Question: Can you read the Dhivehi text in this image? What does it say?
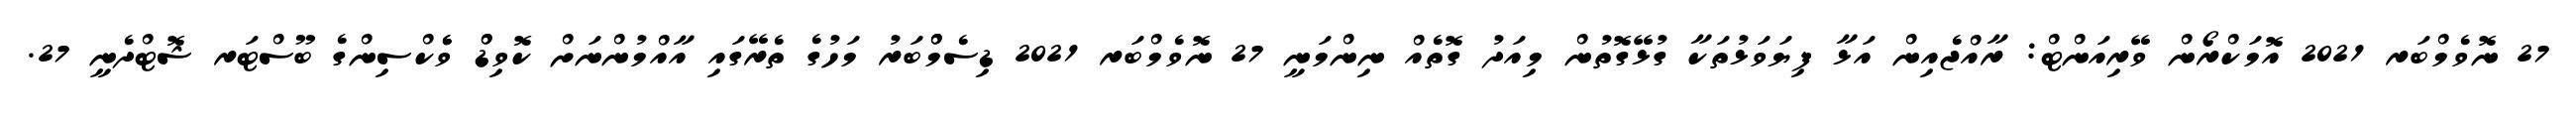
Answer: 27 ނޮވެމްބަރ 2021 އޮމަކްރޯން ވޭރިއަންޓް: ރާއްޖެއިން އަޅާ ފިޔަވަޅުތަކާ ގުޅޭގޮތުން މިއަދު ގޮތެއް ނިންމަނީ 27 ނޮވެމްބަރ 2021 ޑިސެމްްބަރު މަހުގެ ތެރޭގައި އާއްމުންނަށް ކޮވިޑްް ވެެކްސިންގެ ބޫސްޓަރ ޝޮޓްދެނީ 27.